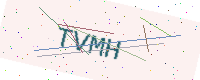
Text: TVMH